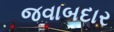
જવાબદાર